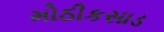
મોઠીકસાડ